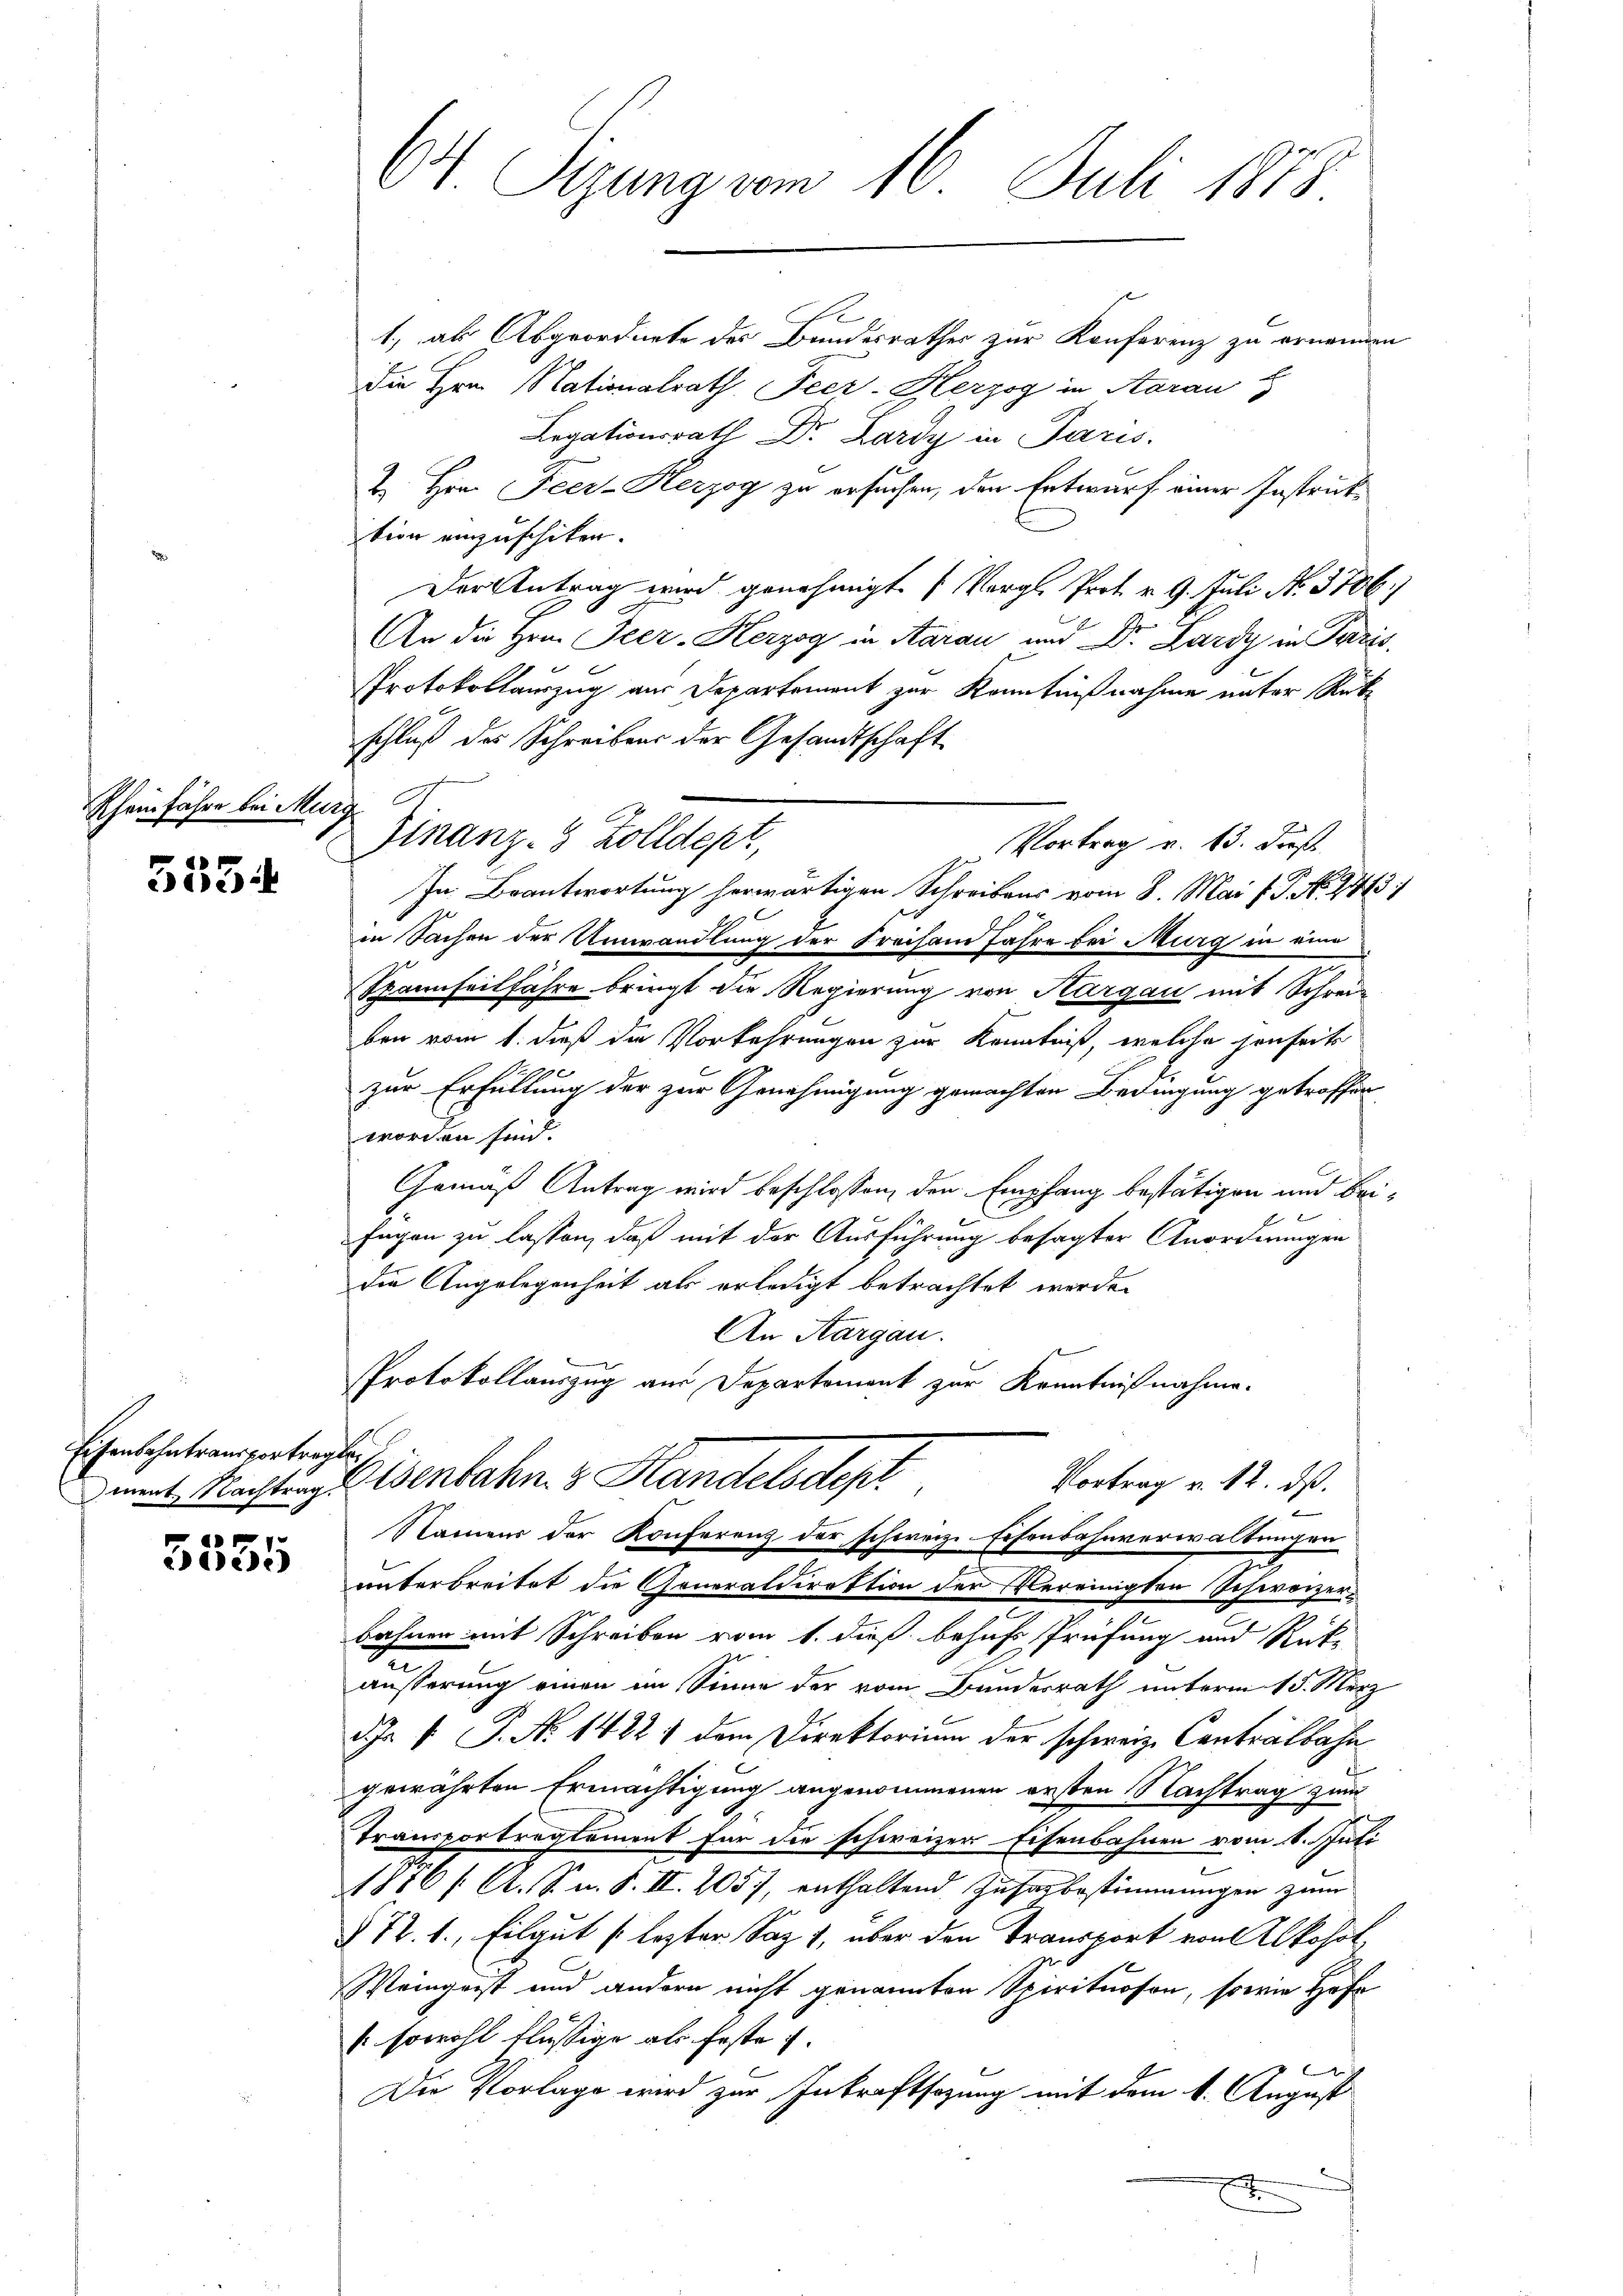
Rheinfahre bei Murg

ceck

Eisenbahntransportreglei

a
dee)

64 Sizung vom 16. Juli 1878.

1, als Abgeordnete des Bundesrathes zur Konferenz zu ernennen
die Hrn. Nationalrath Feer-Herzog in Aarau H
Legationsrath Dr. Lardy in Paris.
Z. Hrn. Feer-Kerzog zu ersuchen, den Entwurf einer Instruktion einzuschiken.
Der Antrag wird genehmigt. (Vergl. Prot. v. 9. Juli No. 3706.
2
An die Hrn. Feer-Kerzog in Aarau und C. Lardy in Paris
Protokollauszug aus Departement zur Kenntnißnahme unter Rük
schluß der Schreibens der Gesandtschaft
In Beantwortung herwärtigen Schreibens vom 8. Mai l. J. No. 2443)
in Sachen der Umwandlung der Freisam Jahre bei Murg in eine
.
Spaunfeilfahre bringt die Regierung von Aargau mit Schrei-
ben vom 1. dieß die Vorkehrungen zur Kenntniß, welche jenseits
zur Erfüllung der zur Genehmigung gemachten Bedingung getroffen
worden sind.
Gemäß Antrag wird beschlossen, den Empfang bestätigen und beifagen zu lassen, daß mit der Ausführung besagter Anordnungen
die Angelegenheit als erledigt betrachtet worden
An Aargau.
Protokollauszug aus Departement zur Kenntnißnahme.

Finanz- 8 Zolldept,
Vortrag v. 13. Fuß

Vortrag v. 12. dß.
mrt Nachtung Eisenbahn & Handelsdept
e
Namens der Konferenz der schweiz. Eisenbahnverwaltungen

unterbreitet die Generaldirektion der Vereinigten Schweizerbahnen mit Schreiben vom 1. dieß behufs Prüfung und Rück-
u
äusserung einen im Sinne der vom Bundesrath unterm 15. März
J. P. Nr. 1482) dem Direktorium der schweiz. Contralbahn
gewährten Ermächtigung angenommenen ersten Nachtrag zum
Transportreglement für die schweizer Eisenbahnen vom 6. Juli
1761. A. S. u. S. II. 2057, enthaltend Zusagbestimmungen zum
§ 72. 1., Eilgut (lezter Saz 7, über den Transport von Alkohol
Weingeist und andern nicht genannten Spirituoson, sowie Hofe
(sowohl flüssige als feste u.
l
Die Vorlage wird zur Inkraftsagung mit dem k. August
A